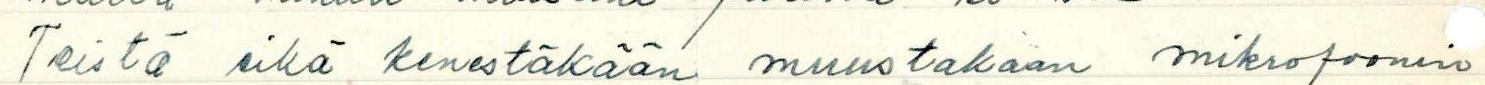
Teistä eikä kenestäkään muustakaan mikrofoonin